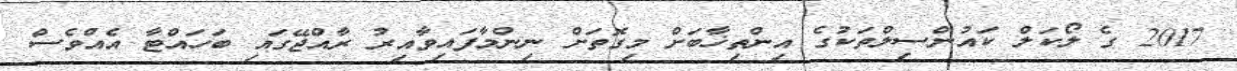
2017 ގެ ލޯކަލް ކައުންސިލްތަކުގެ އިންތިޚާބަށް މިގޮތަށް ނިންމާފައިވާއިރު ރާއްޖޭގައި ބަހައްޓާ އެއްވެސް